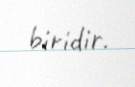
biridir.